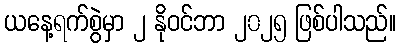
ယနေ့ရက်စွဲမှာ ၂ နိုဝင်ဘာ ၂၀၂၅ ဖြစ်ပါသည်။